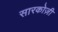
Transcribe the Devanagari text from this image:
सारकोज़ी